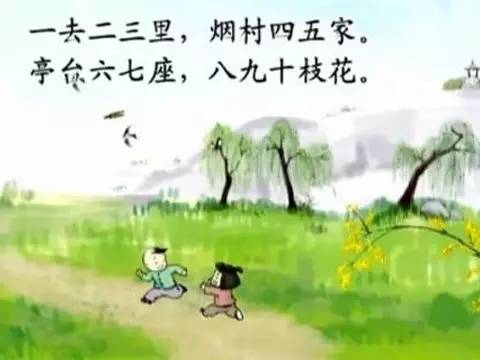
一去二三里，烟村四五家。